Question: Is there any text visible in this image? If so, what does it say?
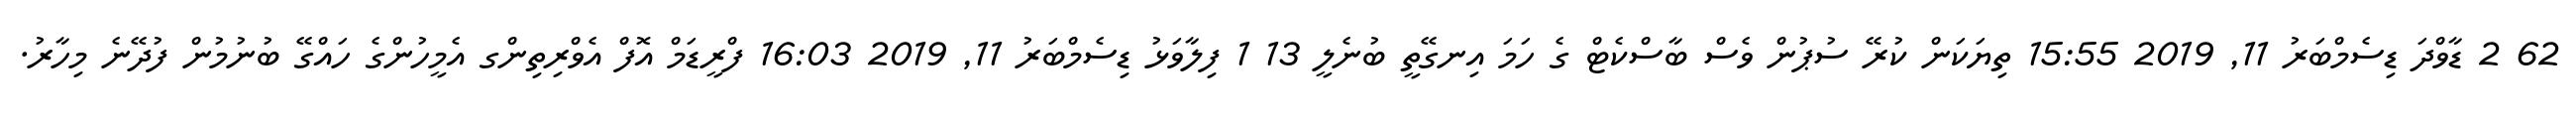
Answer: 62 2 ޑާވްދަ ޑިސެމްބަރު 11, 2019 15:55 ތިޔަކަން ކުރޭ ސުޕުން ވެސް ބާސްކެޓް ގެ ހަމަ އިނގޭތީ ބުނެލީ 13 1 ފިލާވަޅު ޑިސެމްބަރު 11, 2019 16:03 ފްރީޑަމް އޮފް އެވްރިތިންގ އެމީހުންގެ ހައްގޭ ބުނުމުން ފުދޭނެ މިހާރު.